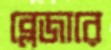
ব্লেজারে